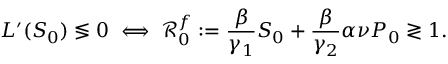
L ^ { \prime } ( S _ { 0 } ) \lessgtr 0 \iff \mathcal { R } _ { 0 } ^ { f } : = \frac { \beta } { \gamma _ { 1 } } S _ { 0 } + \frac { \beta } { \gamma _ { 2 } } \alpha \nu P _ { 0 } \gtrless 1 .